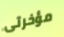
مؤخرتى